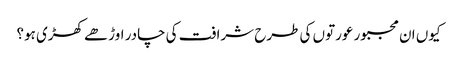
کیوں ان مجبور عورتوں کی طرح شرافت کی چادر اوڑھے کھڑی ہو؟